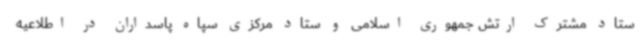
ستاد مشترک ارتش جمهوری اسلامی و ستاد مرکزی سپاه پاسداران در اطلاعیه